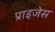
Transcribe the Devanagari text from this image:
प्राइजेस